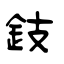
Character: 鈘